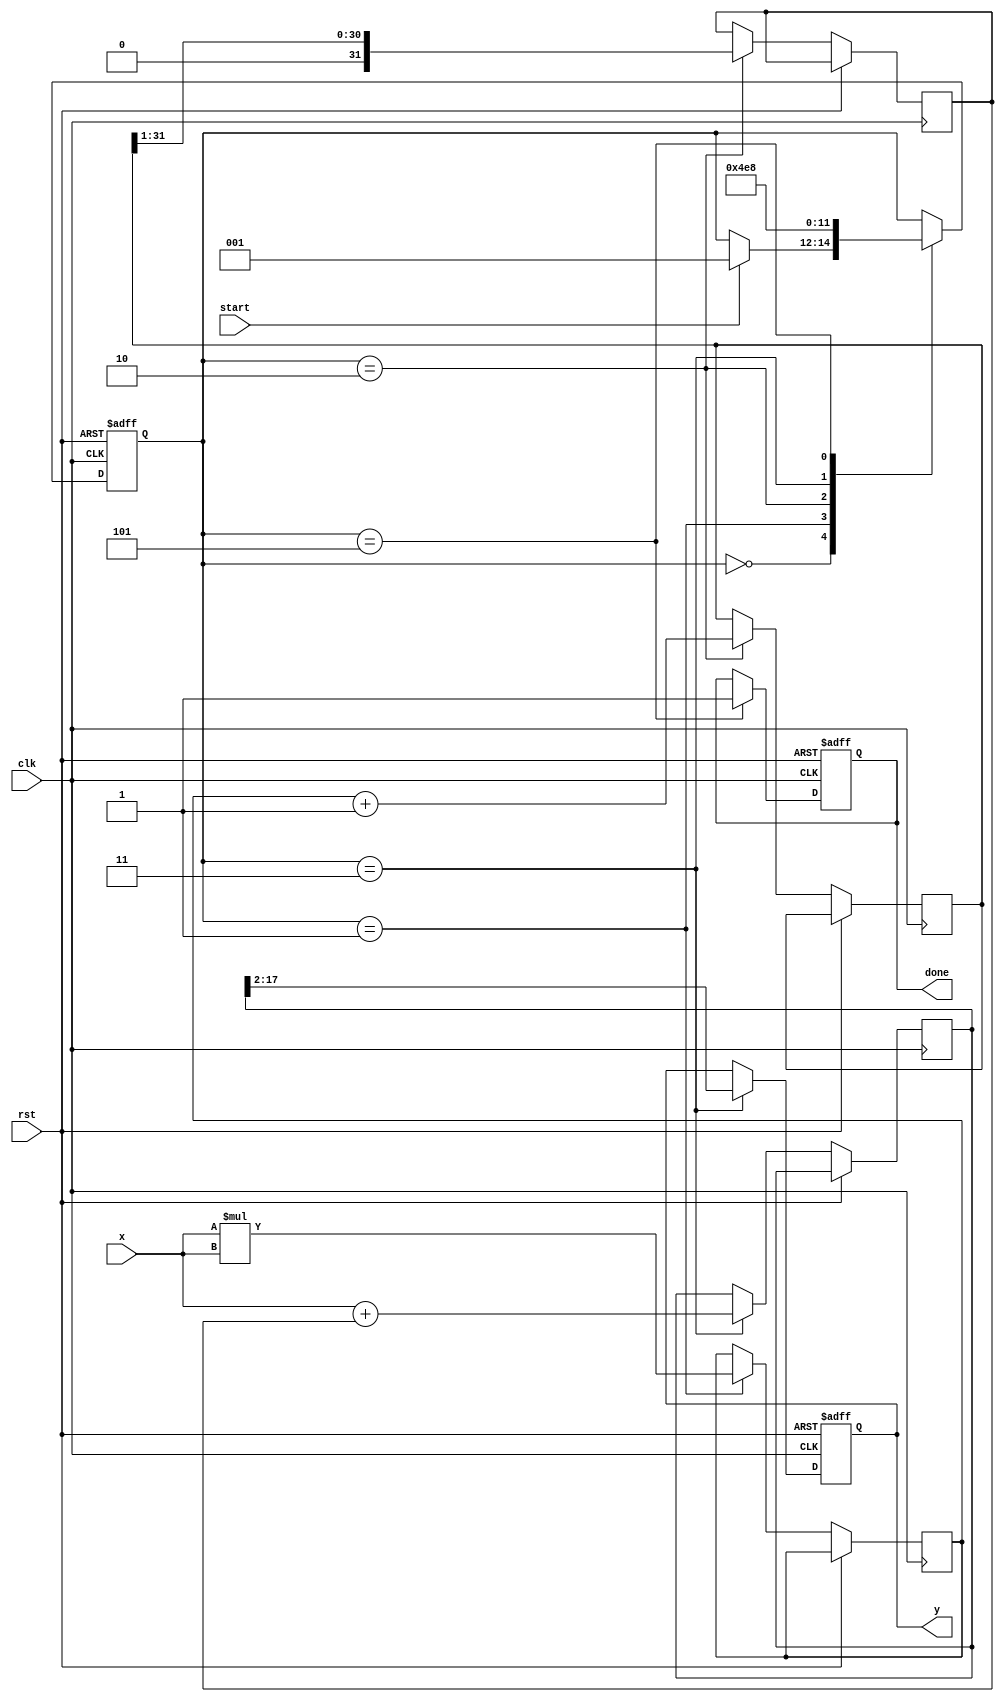
module asinh (
    input signed [15:0] x,      // Input: Fixed-point number (16 bits)
    output reg signed [15:0] y,  // Output: Fixed-point number (16 bits)
    input clk,
    input rst,
    input start,
    output reg done
);

    reg signed [31:0] x_squared; // Intermediate variable for x^2
    reg signed [31:0] sqrt_term;  // Intermediate variable for sqrt(x^2 + 1)
    reg signed [31:0] sqrt_result; // Result of square root
    reg signed [31:0] add_result;  // Result of x + sqrt(x^2 + 1)
    reg [2:0] state;               // State variable for FSM

    localparam IDLE = 3'b000,
               SQUARE = 3'b001,
               SQRT = 3'b010,
               ADD = 3'b011,
               LOG = 3'b100,
               DONE = 3'b101;

    // Square calculation
    always @(posedge clk or posedge rst) begin
        if (rst) begin
            state <= IDLE;
            done <= 0;
            y <= 0;
        end else begin
            case (state)
                IDLE: begin
                    if (start) begin
                        state <= SQUARE;
                    end
                end
                SQUARE: begin
                    x_squared <= x * x; // Calculate x^2
                    state <= SQRT;
                end
                SQRT: begin
                    sqrt_term <= x_squared + 32'd1; // Calculate x^2 + 1
                    // Call square root function (placeholder)
                    sqrt_result <= sqrt(sqrt_term); // Implement sqrt function
                    state <= ADD;
                end
                ADD: begin
                    add_result <= x + sqrt_result; // Calculate x + sqrt(x^2 + 1)
                    // Call logarithm function (placeholder)
                    y <= log(add_result); // Implement log function
                    state <= DONE;
                end
                DONE: begin
                    done <= 1; // Indicate completion
                    state <= IDLE; // Reset state
                end
            endcase
        end
    end

    // Placeholder for square root function
    function signed [31:0] sqrt(input signed [31:0] value);
        // Implement square root calculation here (e.g., Newton-Raphson)
        // For now, return a dummy value
        sqrt = value >> 1; // Placeholder implementation
    endfunction

    // Placeholder for logarithm function
    function signed [31:0] log(input signed [31:0] value);
        // Implement logarithm calculation here (e.g., CORDIC)
        // For now, return a dummy value
        log = value >> 2; // Placeholder implementation
    endfunction

endmodule